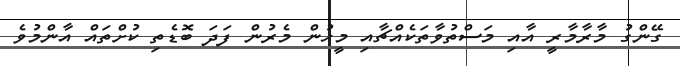
ގޭންގު މާރާމާރީ އާއި މަސްތުވާތަކެއްޗާއި މީހުން މެރުން ފަދަ ބޮޑެތި ކުށްތައް އާންމުވެ